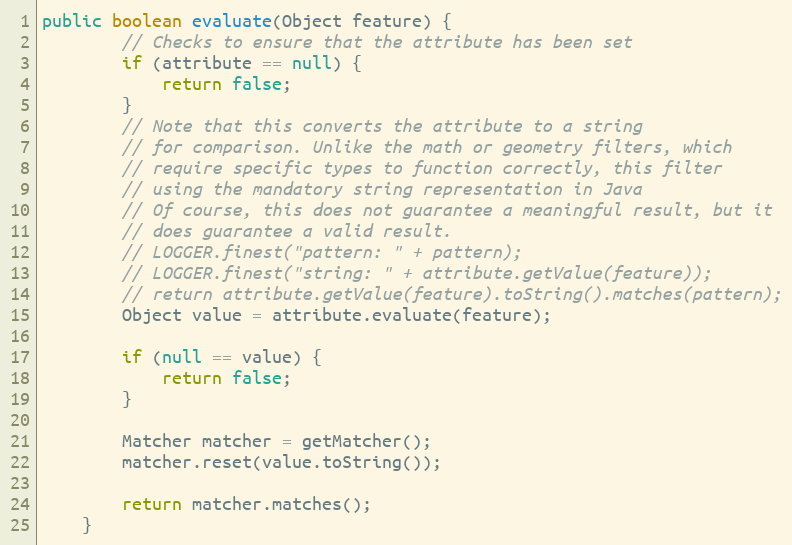
Language: Java
public boolean evaluate(Object feature) {
		// Checks to ensure that the attribute has been set
		if (attribute == null) {
			return false;
		}
		// Note that this converts the attribute to a string
		// for comparison. Unlike the math or geometry filters, which
		// require specific types to function correctly, this filter
		// using the mandatory string representation in Java
		// Of course, this does not guarantee a meaningful result, but it
		// does guarantee a valid result.
		// LOGGER.finest("pattern: " + pattern);
		// LOGGER.finest("string: " + attribute.getValue(feature));
		// return attribute.getValue(feature).toString().matches(pattern);
		Object value = attribute.evaluate(feature);

		if (null == value) {
			return false;
		}

		Matcher matcher = getMatcher();
		matcher.reset(value.toString());

		return matcher.matches();
	}